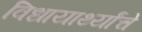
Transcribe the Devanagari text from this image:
विधायार्थ्यांचे